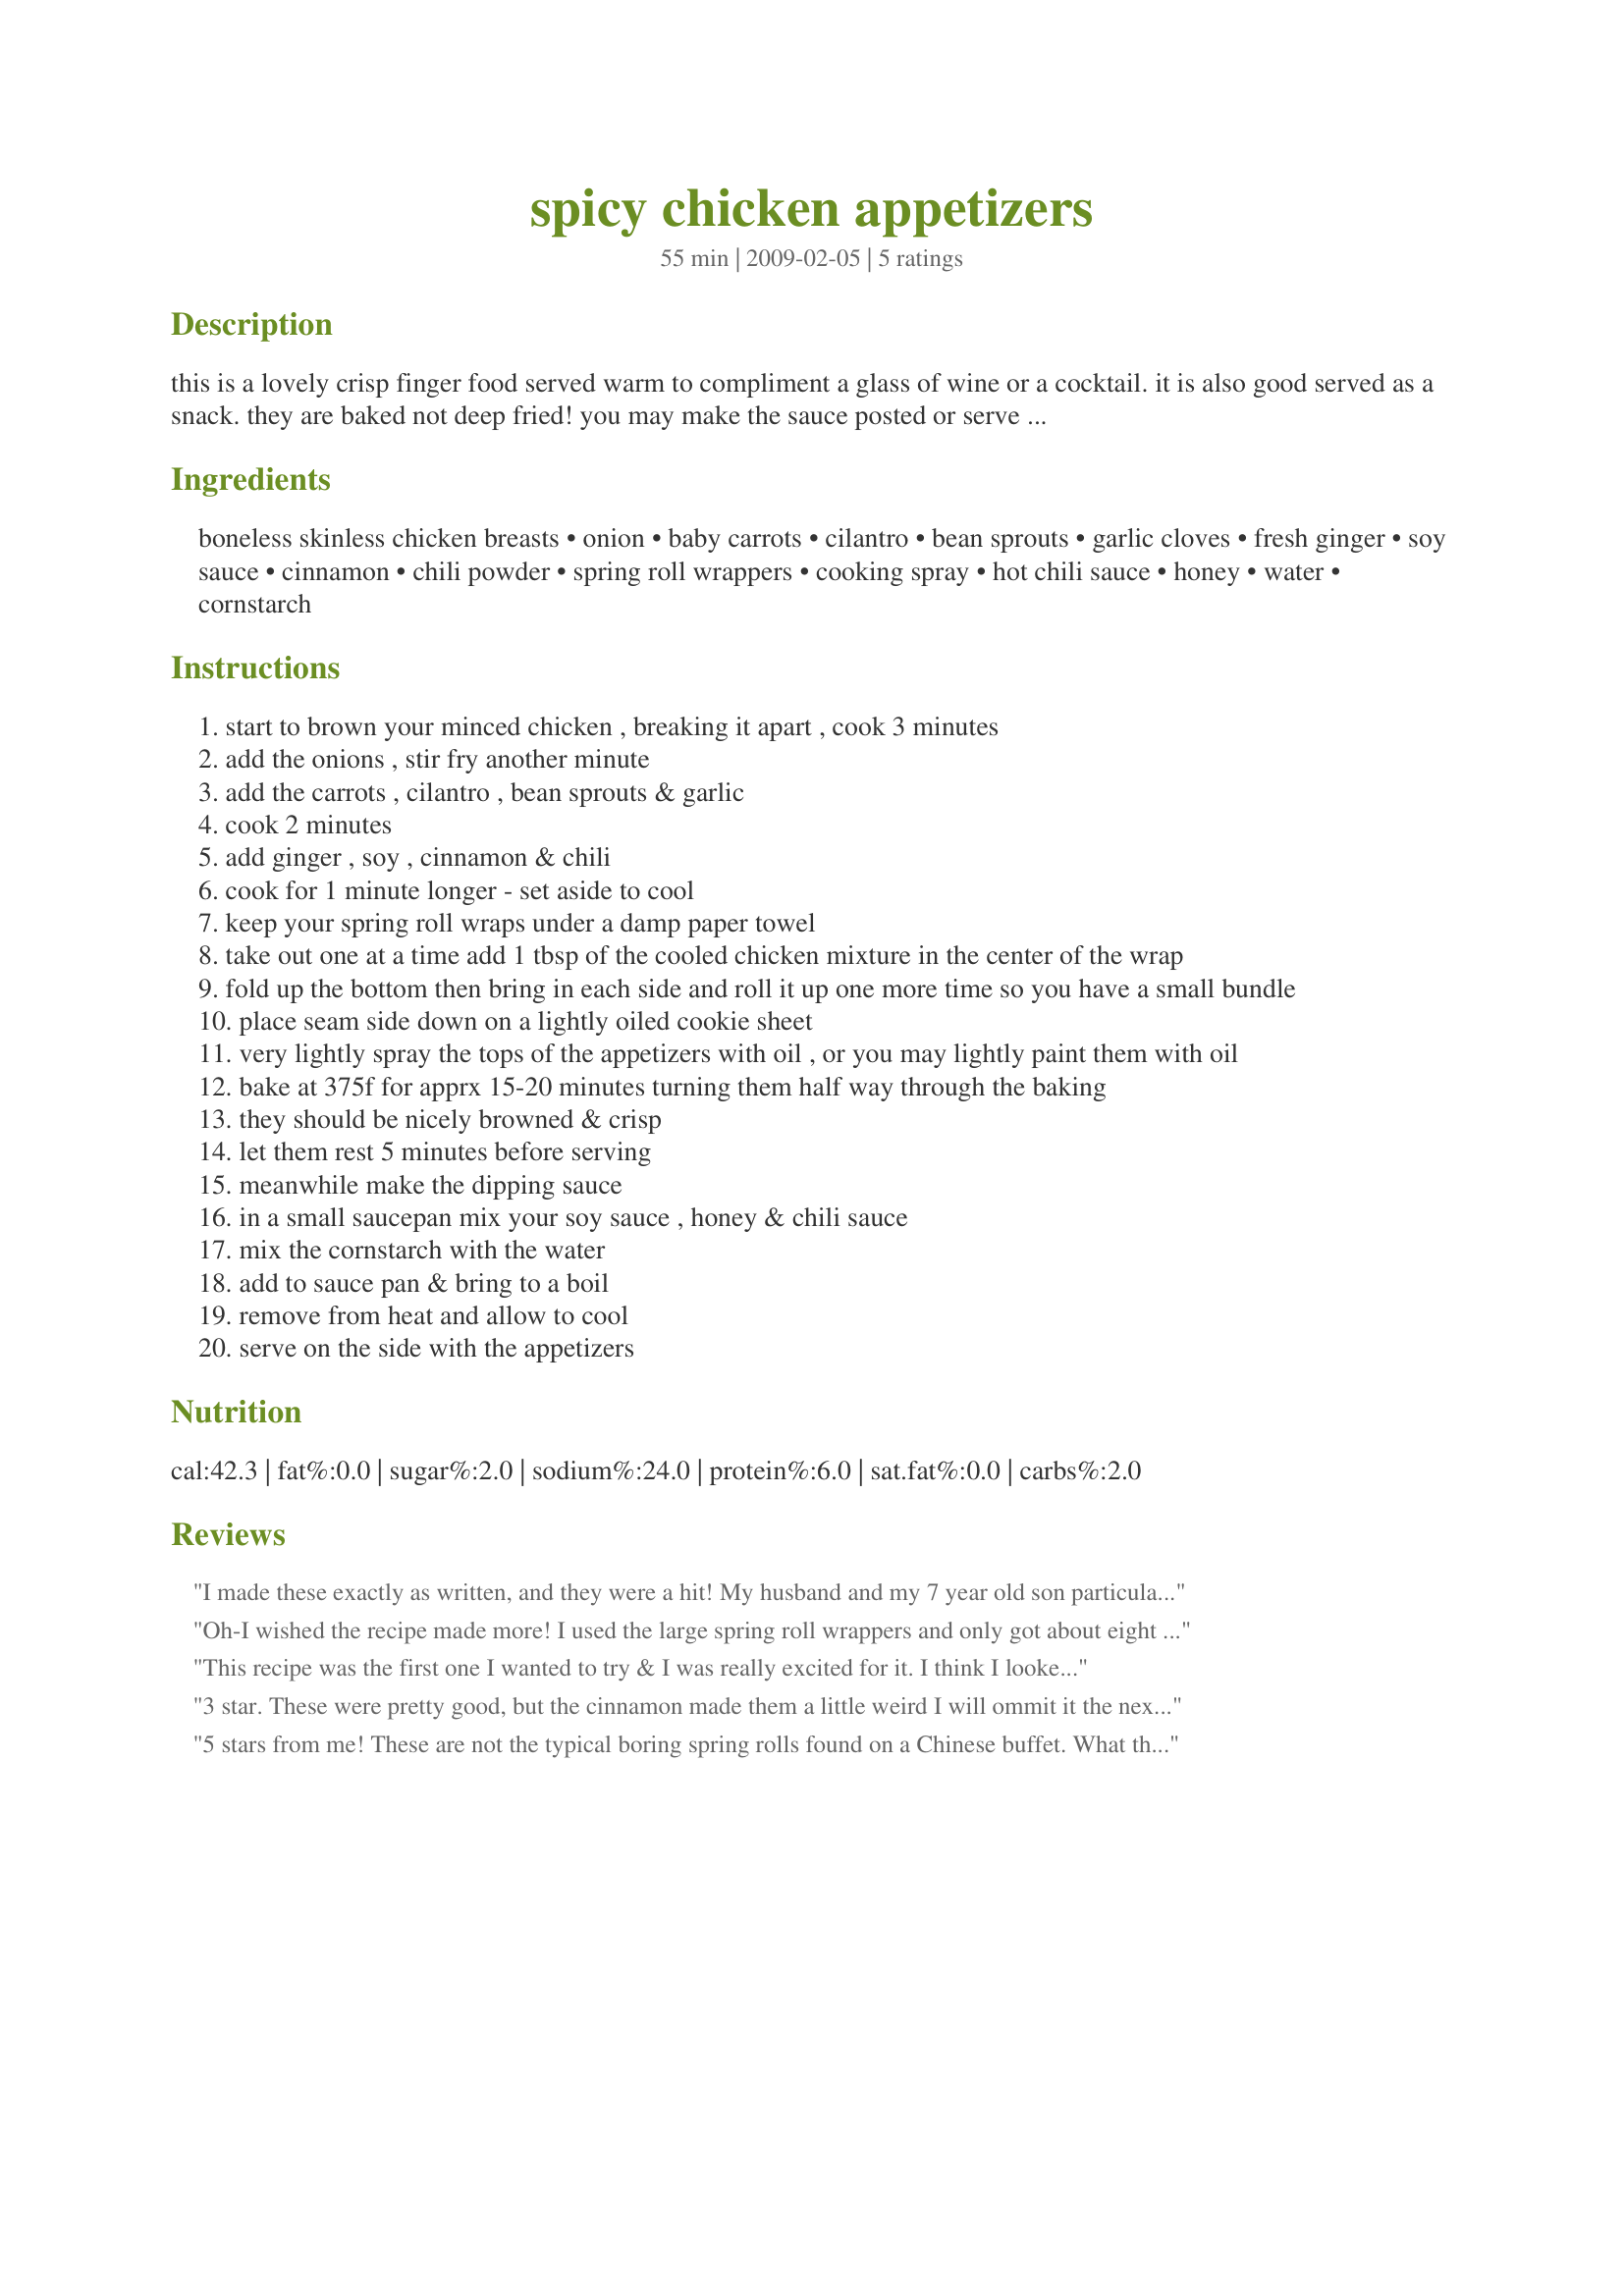
spicy chicken appetizers
Preparation time: 55 minutes

this is a lovely crisp finger food served warm to compliment a glass of wine or a cocktail. it is also good served as a snack. they are baked not deep fried! you may make the sauce posted or serve them with a prepared teriaki sauce or a hot thai chili sauce. you may double the recipe to make 48 appetizers. remember to allow time for the spring roll wrappers to defrost ahead of time- overnight in the fridge is best..

Ingredients:
boneless skinless chicken breasts, onion, baby carrots, cilantro, bean sprouts, garlic cloves, fresh ginger, soy sauce, cinnamon, chili powder, spring roll wrappers, cooking spray, hot chili sauce, honey, water, cornstarch

Steps:
start to brown your minced chicken , breaking it apart , cook 3 minutes
add the onions , stir fry another minute
add the carrots , cilantro , bean sprouts & garlic
cook 2 minutes
add ginger , soy , cinnamon & chili
cook for 1 minute longer - set aside to cool
keep your spring roll wraps under a damp paper towel
take out one at a time add 1 tbsp of the cooled chicken mixture in the center of the wrap
fold up the bottom then bring in each side and roll it up one more time so you have a small bundle
place seam side down on a lightly oiled cookie sheet
very lightly spray the tops of the appetizers with oil , or you may lightly paint them with oil
bake at 375f for apprx 15-20 minutes turning them half way through the baking
they should be nicely browned & crisp
let them rest 5 minutes before serving
meanwhile make the dipping sauce
in a small saucepan mix your soy sauce , honey & chili sauce
mix the cornstarch with the water
add to sauce pan & bring to a boil
remove from heat and allow to cool
serve on the side with the appetizers

Reviews:
I made these exactly as written, and they were a hit! My husband and my 7 year old son particularly loved them (although DS had them without the sauce - he likes spicy, but not quite that spicy lol). Very very tasty! I have read the other reviews, and I disagree about the cinnamon, it really lifted the flavour, worked well with the other ingredients. These have a very definate Asian flavour, and we will be making them again (today's batch is already all gone!)
Oh-I wished the recipe made more! I used the large spring roll wrappers and only got about eight delicious appetizers. The recipe without the dipping sauce is five stars to me and my tasters; the sauce is not necessary since the filling is flavorful and moist on its own. They were absolutely perfect hot out of the oven but I took them to a large tapas party and the travel made them shriveled and soggy; this is a recipe I would prepare in advance and then bake while guests are there, serving immediately out of the oven. YUM-loved the cinnamon in this!
This recipe was the first one I wanted to try & I was really excited for it. I think I looked at the sauce recipe & expected an Asian taste but the cinnamon in the filling was overpowering & created more of an Indian flavor. It didn't seem like too much cinnamon when reading the ingredients but for my family's taste it turned out to be. I think it made the rolls a little too sweet for us. I was also excited to bake the egg rolls instead of frying them but it turned out that we didn't like the texture baking provided. The rolls were tough on the inside & greasy on the outside (even after draining on paper towels). The dipping sauce had a nice amount of heat to it & I enjoyed that, but the overall flavor just didn't appeal to us. And the texture was thick, like a paste. I may try this again as the things we didn't like are all personal preference, nothing wrong with the recipe. I'll omit the cinnamon in the rolls, fry them & for the sauce I will reduce the soy & increase the water. Thanks for sharing your creation! Made for RSC Lucky #13.
3 star. These were pretty good, but the cinnamon made them a little weird I will ommit it the next time. 
Thanks.
5 stars from me! These are not the typical boring spring rolls found on a Chinese buffet. What they are is a wonderfully spicy flavor in a crispy crust. I made these to serve with an Indian dinner & loved the complement to those flavors. (Recipe #243805 and Recipe #172618) The chili powder & cinnamon add a big punch of the exotic. Baking the rolls also does not result in the traditional super crunchy texture, but we found them pleasingly crisp. I did make a couple of changes to utilize what I had on hand. I subbed cabbage slaw for the bean sprouts and started out with ground chicken. My only caveat is about the sauce. It was far too strong as is. It was highly salty after thickening. I added 1/2 cup of water & re-thickened (not adding additional cornstarch) and it was more to our tastes. Thank you for your entry in the contest. Good luck!
